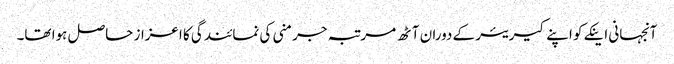
آنجہانی اینکے کو اپنے کیریئر کے دوران آٹھ مرتبہ جرمنی کی نمائندگی کا اعزاز حاصل ہوا تھا۔